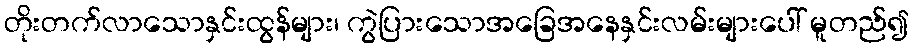
တိုးတက်လာသောနှင်းထွန်များ၊ ကွဲပြားသောအခြေအနေနှင်းလမ်းများပေါ် မူတည်၍